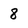
Character: 8